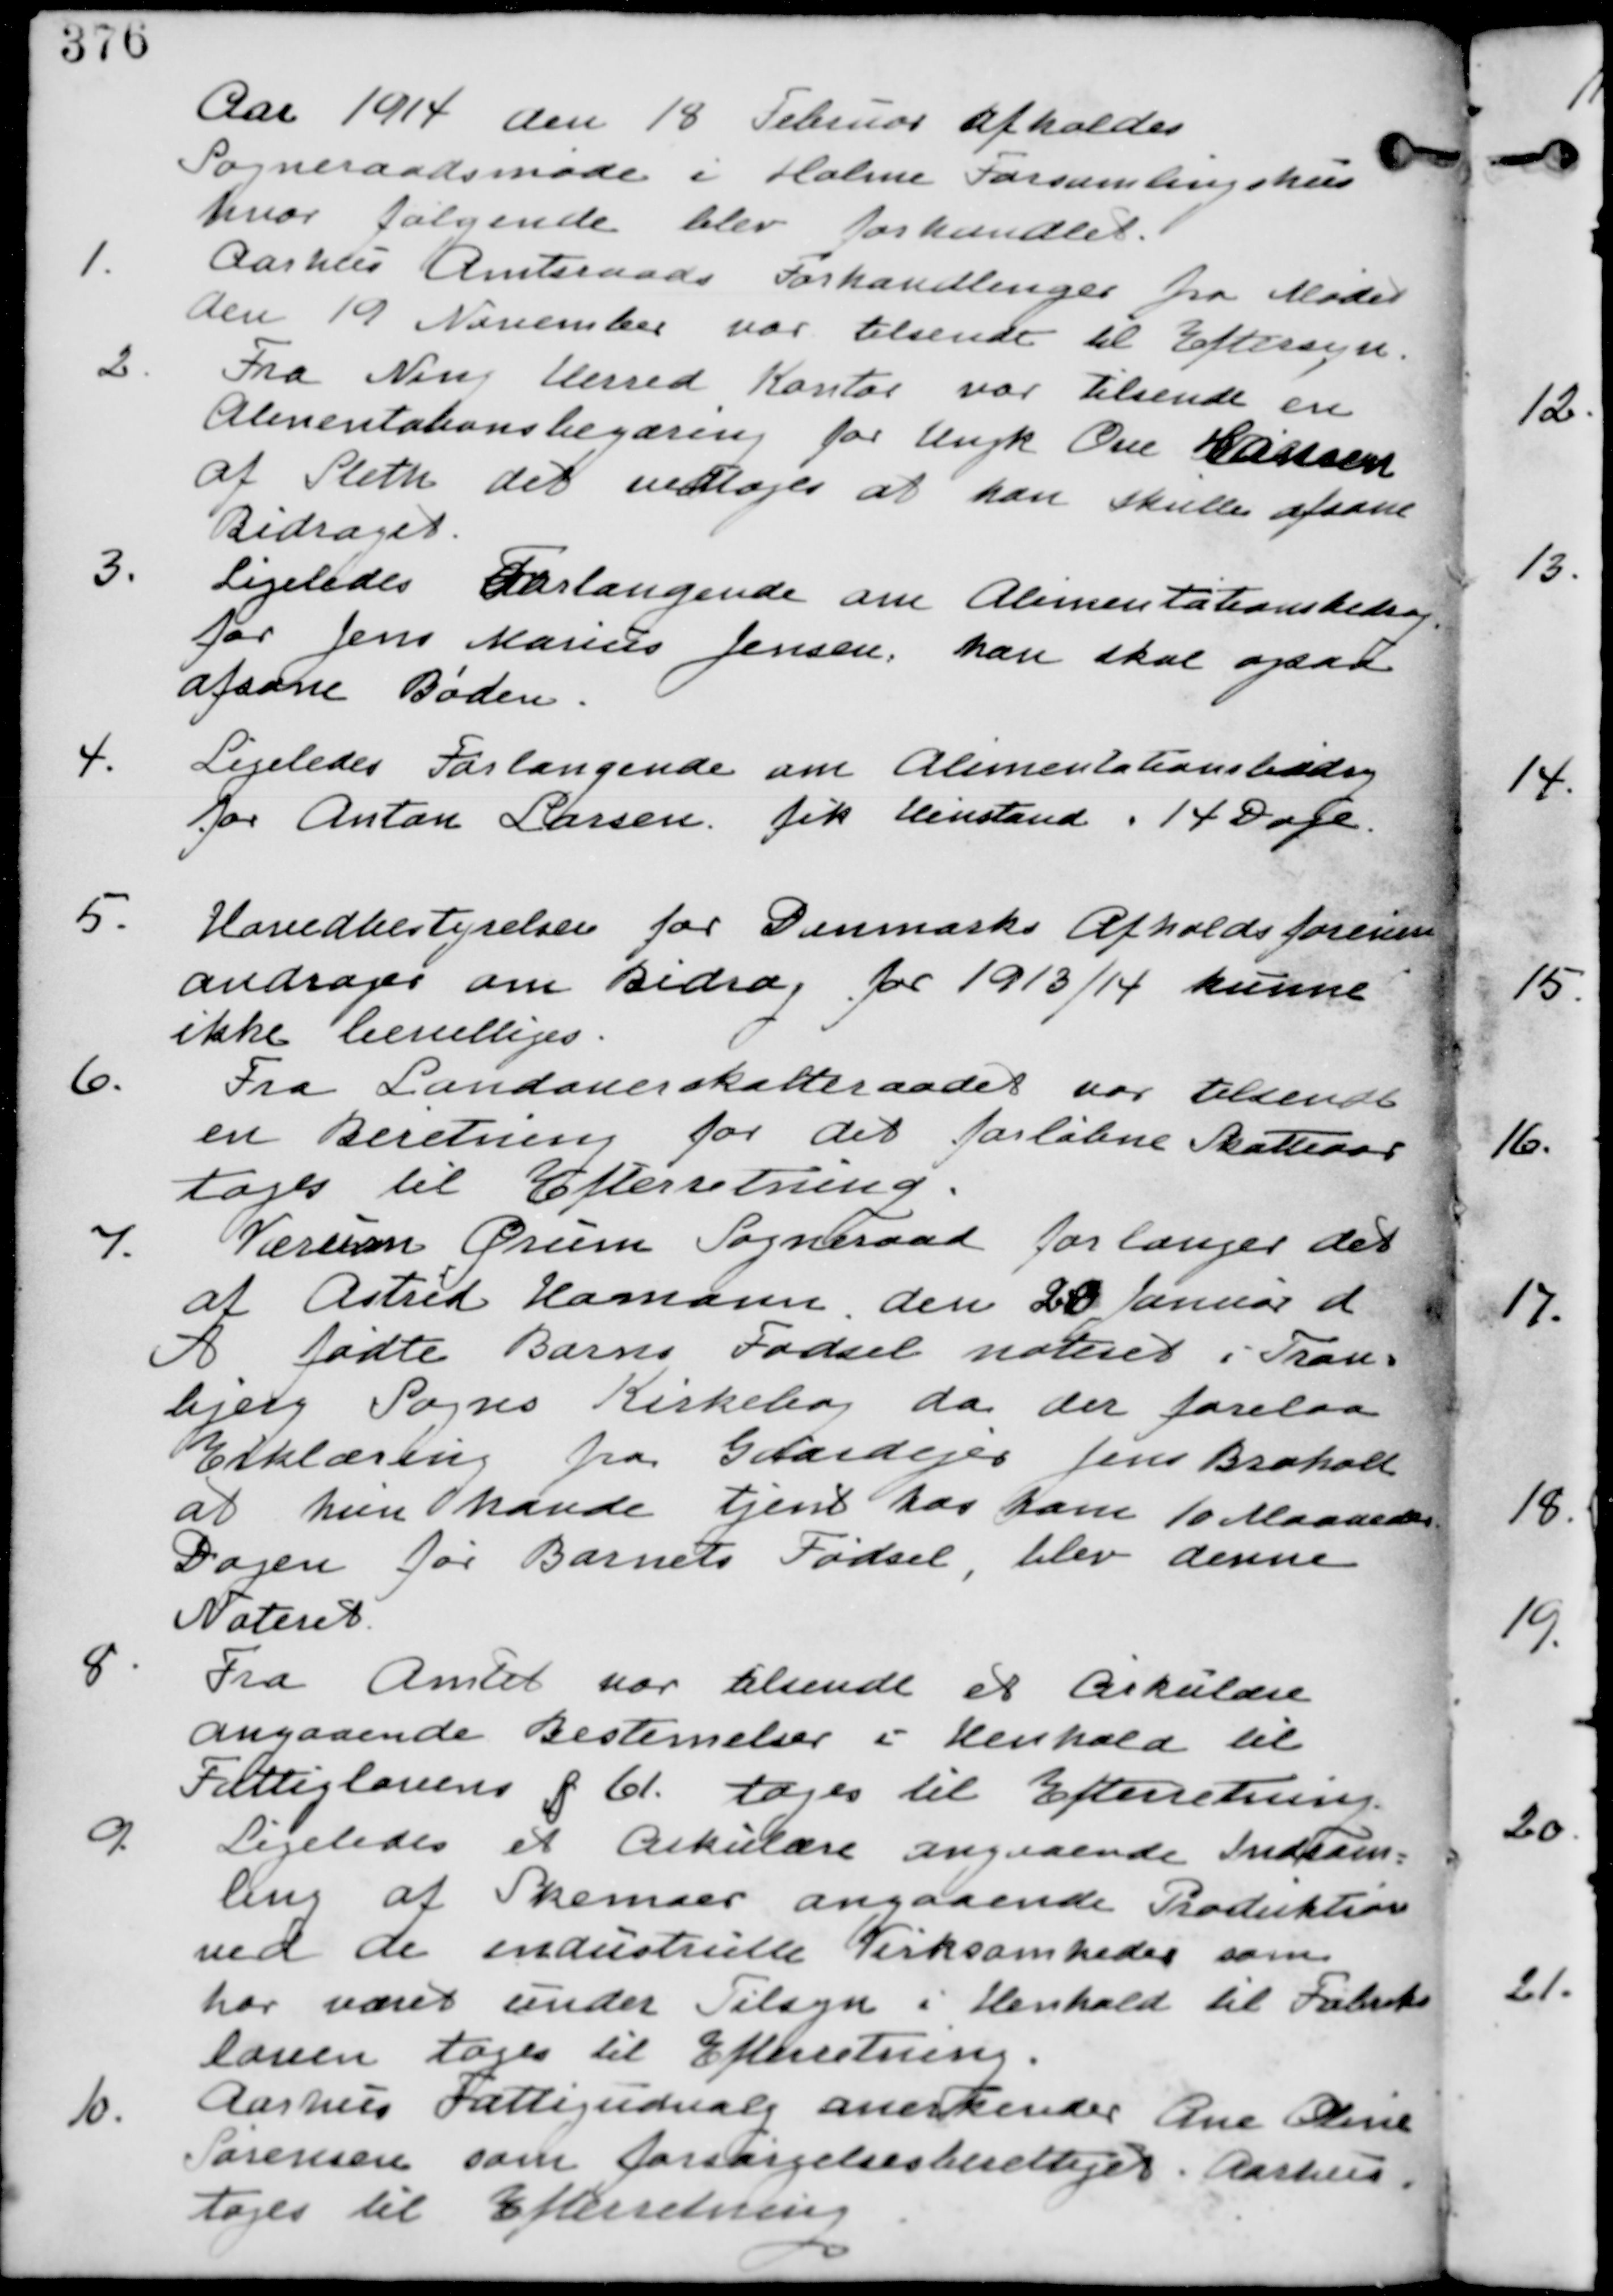
Transskription:
Aar 1914 den 18 Februar afholdes
Sogneraadsmøde i Holme Forsamlingshus
hvor følgende blev forhandlet.

1.
Aarhus Amtraads Forhandlinger fra Mødet
den 19 November var tilsendt til Eftersyn.

2.
Fra Ning Herred Kontor var tilsendt en
Alimentationsbegæring for Ungk Ove Hansen
af Sleth det vedtages at han skulle afsone
Bidraget.

3.
Ligeledes Forlangende om Alimentationsbidrag
for Jens Marius Jensen. han skal ogsaa
afsone Bøden.

4.
Ligeledes Forlangende om Alimentationsbidrag
for Anton Larsen. fik Henstand i 14 Dage.

5.
Hovedbestyrelsen for Danmarks Afholdsforening
andrager om Bidrag for 1913/14 kunne
ikke bevilliges.

6.
Fra Landauerskatteraadet var tilsendt
en Beretning for det forløbne Skatteaar
tages til Efterretning

7. Værum Ørum Sogneraad forlanger det
af Astrid Hamann den 28 Januar d
A fødte Barns Fødsel noteret i Tran-
bjerg Sogns Kirkebog da der forelaa
Erklæring fra Gaardejer Jens Broholt
at hun havde tjent hos ham 10 Maaneders
Dagen for Barnets Fødsel, blev denne
Noteret.

8.
Fra Amtet var tilsendt et Cirkulære
angaaende Betsemmelser i Henhold
Fattiglovens § 61. tages til Efterretning

9. Ligeledes et Cirkulære angaaende Indsam-
ling af Skemaer angaaende Produktion
ved de industrielle Virksomheder som
har været under Tilsyn i Henhold til Fabriks-
loven tages til Efterretning.

10.
Aarhus Fattigudvalg anerkender Ane Oline
Sørensen som Forsørgelsesberettiget i Aarhus.
tages til Efterretning.